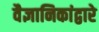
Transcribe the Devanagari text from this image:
वैज्ञानिकांद्वारे